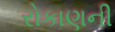
રોકાણની